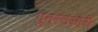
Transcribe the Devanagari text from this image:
पुनरउसारी